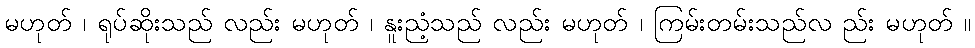
မဟုတ် ၊ ရုပ်ဆိုးသည် လည်း မဟုတ် ၊ နူးညံ့သည် လည်း မဟုတ် ၊ ကြမ်းတမ်းသည်လ ည်း မဟုတ် ။